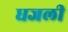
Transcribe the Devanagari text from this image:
धजली